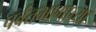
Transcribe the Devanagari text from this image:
पर्वतभागाच्या